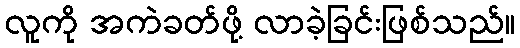
လူကို အကဲခတ်ဖို့ လာခဲ့ခြင်းဖြစ်သည်။